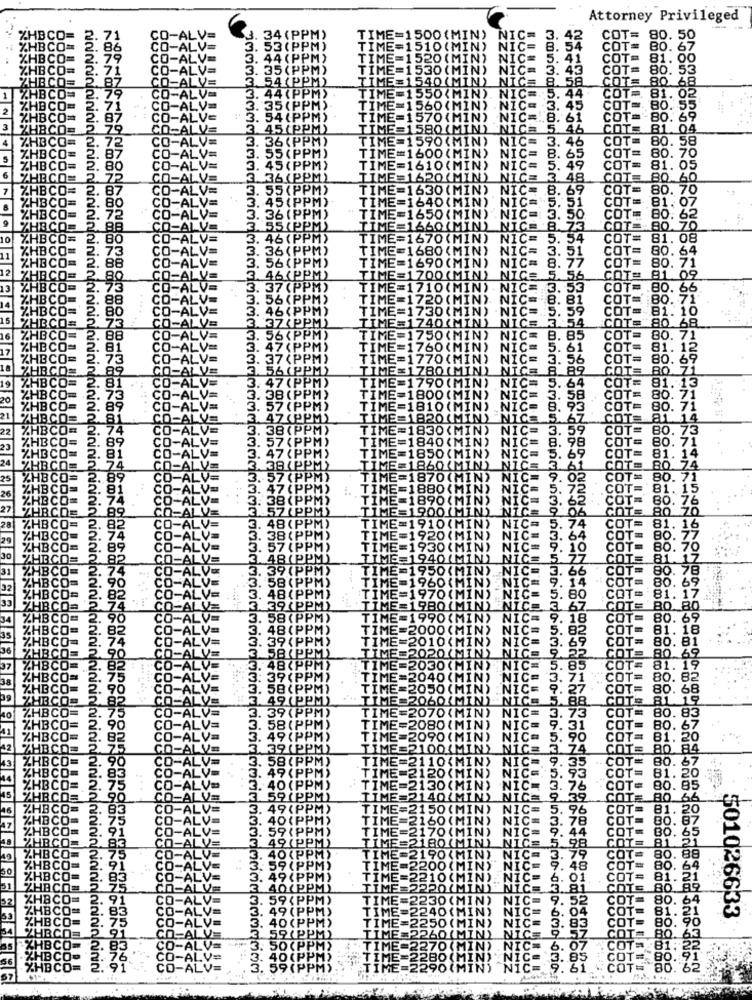
Attorney Privileged
NIC:
34
TIME=1500{MIN)
42
COT= 80. 50
53
TIME=1510(MIN) NIC=
NIC:
54
COT=
80.67
TIME=1520 (MIN) NIC=
NICE
5. 41
COT= 81. 00
E=1530 (MIN)
NICE
45
COT= 80. 53
TIME=1540(MIN) NIC= 8. 58
NICE
58
COT= 80 68
1550(MIN).
NICE
. 44
COT= 81. 02
TIME=1560(MIN) .NIC= 3. 45
TE=1
NICE
. 45
COT= 80.55
NIC =..
61
COT=80. 69
TIME=1580(MIN) NICH 5.46
NICH
46
COTE 81.04
TIME=1590 (MIN)
COT= 80. 58
COT= 80. 70
TIME=1600(MIN)
NIC=
. 65
45
TIME=1610(MIN)
NIC=
. 49
COT=
81.05
36 (PP)
TIME=1620(MIN)
NICE
48
COTE 80. 60
TIME=1630 (MIN)
NIC=
3. 69
COT= 80. 70
TIME=1640(MIN) NIC=
COT=
81. 07
TIME=1650(MIN) .NIC
NIC=
COT
80. 62
TIME=1660(MIN) NICE
NICE .8.
COT
80. 70
10
ME=1670 (MIN)
NIC=
54
COT
81. 08
TIME=1680(MIN) NIC=
C=
.51
COT=
80. 64
TIME=1690(MIN)
8.77
COT=
12
80.71
TIME=1700(MIN) NICE
ICE
OT= 81. 09
13
TIME=1710(MIN) . NIC=
COT= 80. 66
TIME=1720(MIN) NIC=
COT
80.71
TIME=1730(MIN) .NIC=
T= 81. 10
TIME=1740(MIN) NICE
NICE
COT= 80. 68
TIME=1750(MIN)
NICE
8. 85
COT= 80. 71
TIME=1760(MIN) NIC=
COT= 81. 12
TIME=1770(MIN)
NICE
COT= 80. 69
TIME=1780(MIN) NICE
BE
89
QI= 80 Zi
COT=
TIME=1790(MIN) NIC=
81.13
1800 (
COT=
80. 71
TIME=1810 (MIN) NIC
COTE
80.71
TIME=1820(MIN) NICE
1820
14
TIME=1830(MIN) NIC=
COT
80.73
TIME=1840(MIN) NIC=
98
80.71
350
NIC=
69
81. 14
TIME=1860(MIN)
NICE
80.74
TIME=1870(MIN)
NIC=
80.71
81. 15
80. 76
80
70
81. 16
80.7
80.70
81
90.78
80.69
. 80
81.19
80 8.0
. 18
80.69
81. 18
80. 81
80 69
85
81.
TIM
80. 82
CE
COT:
80.
CE
88
COTS
70
C=
3.73
COT=
80.8
IC=
9.31
COT-
80.67
70 ( MI
IC= 5.
90
COT
81. 20
NICE 3. 74
COT
80. 84
104MIN
= 9. 35
20
B0. 67
81. 20
COT
80.85
40(MIN
9.39
COT
80
50
.96
COT
(MI
3. 78
COT
.44
180
COT
98
190
'NI
7. 48
6. 01
c= 3.81
IC= 9.52
NIC=
$01026633
C= 3.
iniafoininiagaininin nininialainini
290 (
22